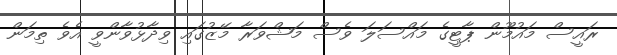
ރައީސް މައުމޫން ޕާޓީގެ މައްސަލަ ވެސް މަޝްވަރާ މޭޒުގައި ވިދާޅުވާންވީ އެވެ ތިމަން